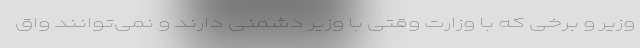
وزیر و برخی که با وزارت وقتی با وزیر دشمنی دارند و نمی‌توانند واق